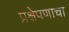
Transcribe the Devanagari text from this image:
प्रक्षेपणाचा